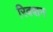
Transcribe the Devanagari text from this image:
रिक्शन